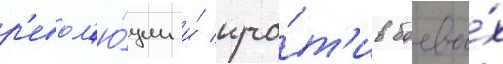
р'евол'ю́ции и́ про́т'ив боевы́х